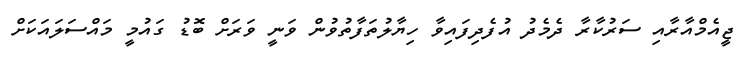
ޖީއެމްއާރާއި ސަރުކާރާ ދެމެދު އުފެދިފައިވާ ހިޔާލުތަފާތުވުން ވަނީ ވަރަށް ބޮޑު ގައުމީ މައްސަލައަކަށް